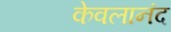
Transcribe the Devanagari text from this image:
केवलानंद